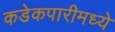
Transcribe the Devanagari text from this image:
कडेकपारीमध्ये